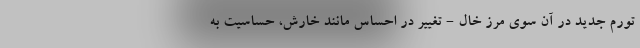
تورم جدید در آن سوی مرز خال - تغییر در احساس مانند خارش، حساسیت به